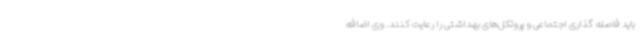
باید فاصله گذاری اجتماعی و پروتکل‌های بهداشتی را رعایت کنند. وی اضافه